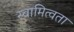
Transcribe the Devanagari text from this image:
स्वामित्वता